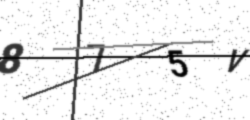
Text: 875V